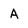
Character: A